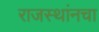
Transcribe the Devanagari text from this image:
राजस्थांनचा